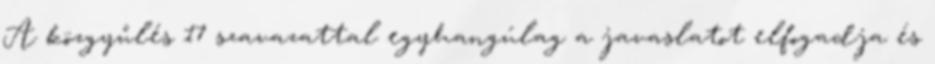
A közgyűlés 17 szavazattal egyhangúlag a javaslatot elfogadja és